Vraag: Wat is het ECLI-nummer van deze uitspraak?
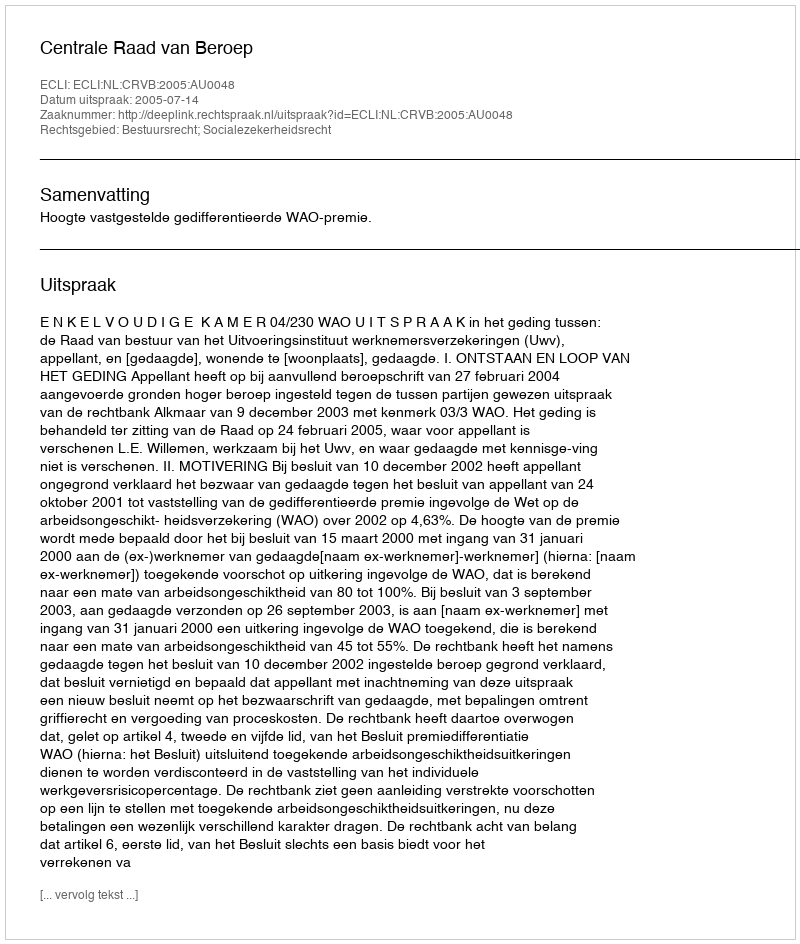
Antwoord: ECLI:NL:CRVB:2005:AU0048